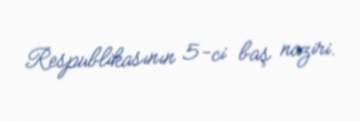
Respublikasının 5-ci baş naziri.